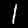
Digit: 1